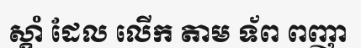
ស្តាំ ដែល លើក តាម ទ័ព ពញា